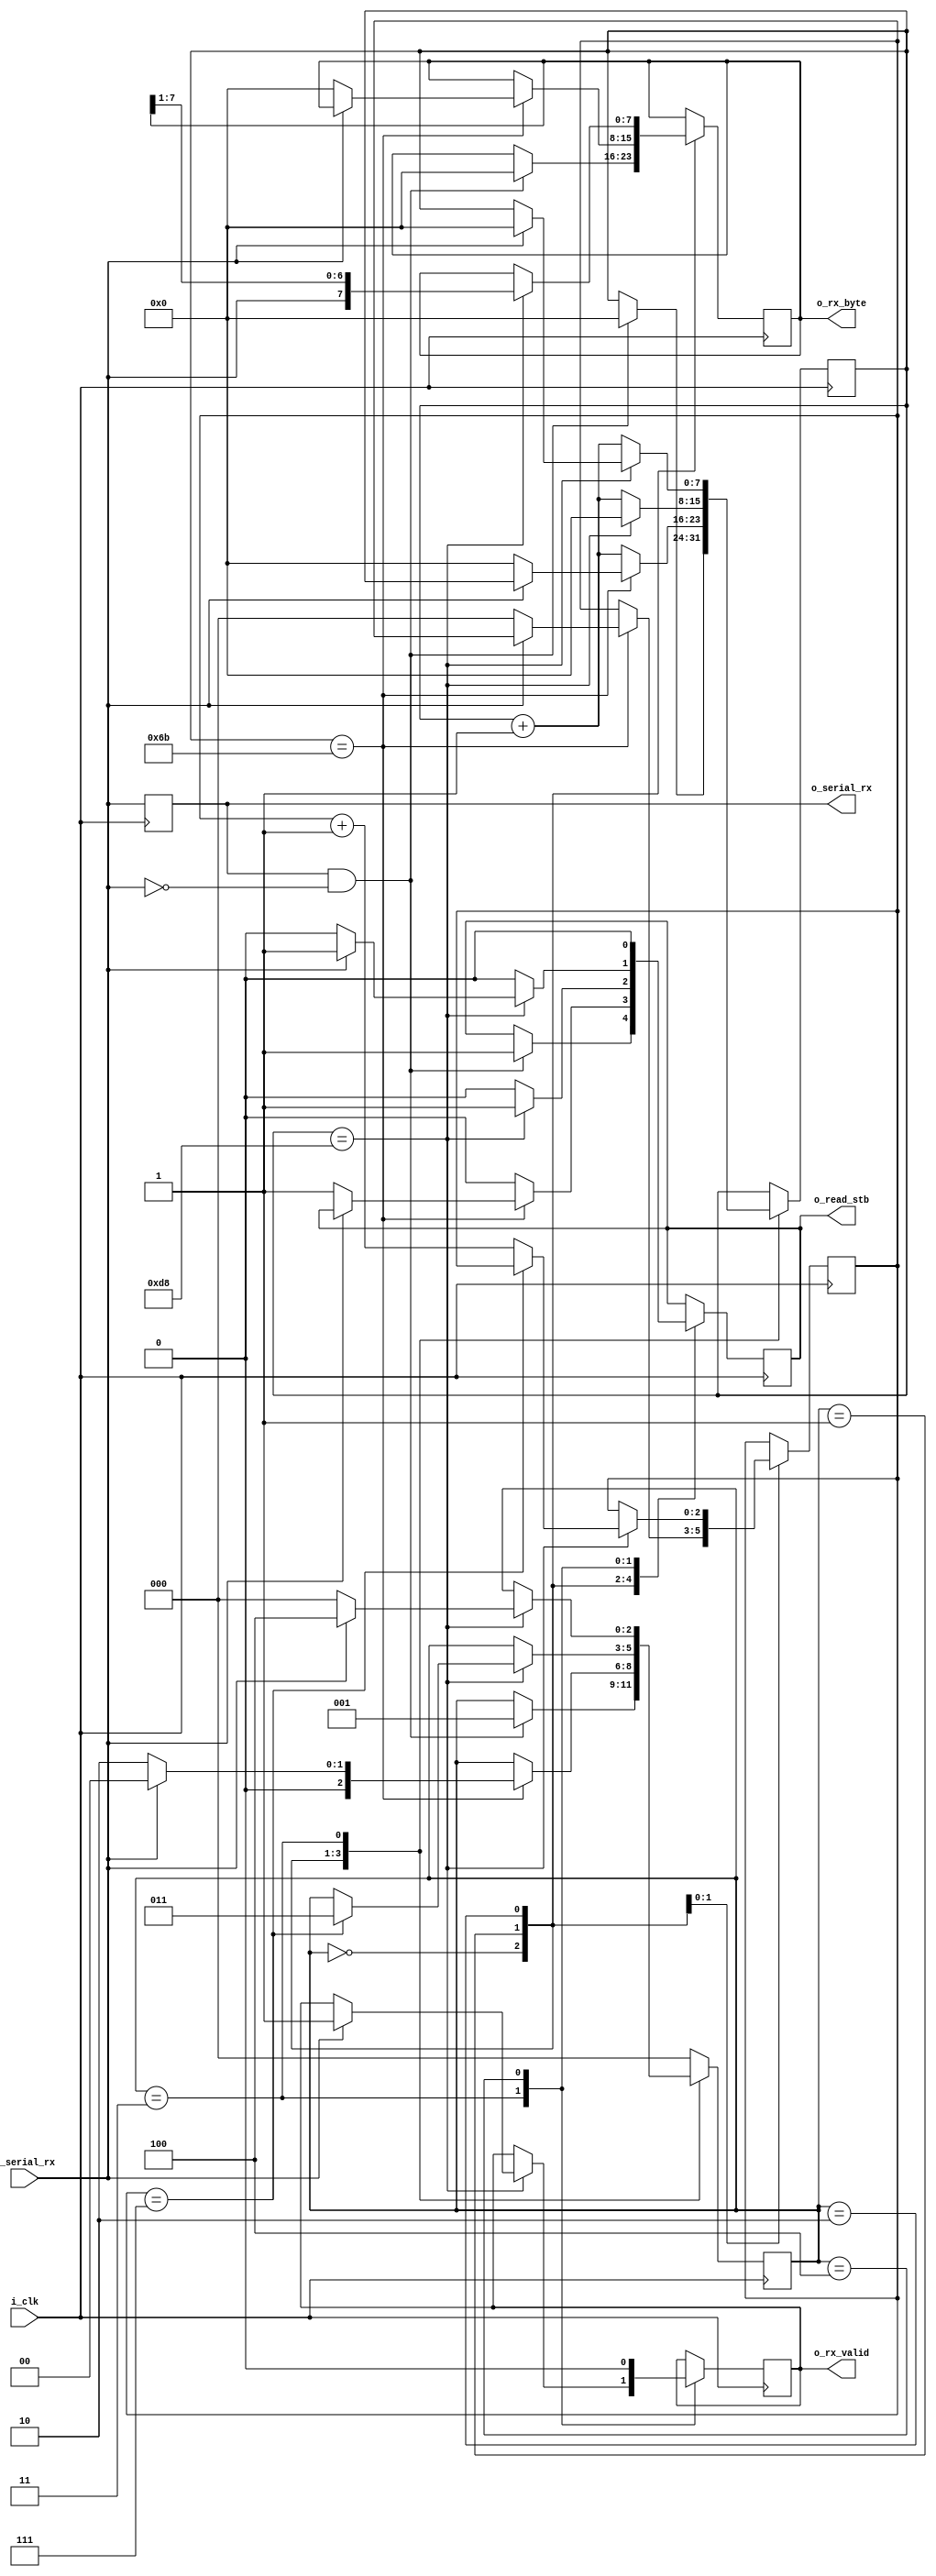
module UART_Receiver #(
  parameter CYCLES_PER_BIT = 217
) (
  input         i_clk,
  input         i_serial_rx,
  output        o_read_stb,
  output        o_serial_rx,
  output        o_rx_valid,
  output [7:0]  o_rx_byte
);

  localparam STATE_IDLE       = 3'd0;
  localparam STATE_START_BIT  = 3'd1;
  localparam STATE_DATA_BITS  = 3'd2;
  localparam STATE_STOP_BIT   = 3'd3;
  localparam STATE_SEND_VALID = 3'd4;

  localparam COUNT_WIDTH = $clog2(CYCLES_PER_BIT);

  localparam CYCLES_PER_HALF_BIT = (CYCLES_PER_BIT)/2;

  reg         r_serial_rx = 1;
  reg         r_rx_valid = 0;
  reg [7:0]   r_rx_byte = 0;
  reg [2:0]   r_state = STATE_IDLE;
  reg [COUNT_WIDTH-1:0] r_count = 0;
  reg [2:0]   r_bit_count = 0;
  reg         r_read_stb;

  always @(posedge i_clk) begin
    r_serial_rx <= i_serial_rx;

    case (r_state)
      STATE_IDLE : begin
        // Wait for falling edge
        if ((r_serial_rx == 1) && (i_serial_rx == 0)) begin
          r_state <= STATE_START_BIT;
          r_rx_byte <= 0;
          r_read_stb <= 1;
          r_count <= 0;
        end
      end

      STATE_START_BIT : begin
        // Wait until mid start bit
        if (r_count == CYCLES_PER_HALF_BIT-1) begin
          if (i_serial_rx == 0) begin
            r_state <= STATE_DATA_BITS;
            r_bit_count <= 0;
            r_rx_byte <= 8'd0;
            r_count <= 0;
            r_read_stb <= 1;
          end else begin
            r_state <= STATE_IDLE;
          end
        end else begin
          r_count <= r_count + 1;
          r_read_stb <= 0;
        end
      end

      STATE_DATA_BITS : begin
        if (r_count == CYCLES_PER_BIT-1) begin
          // Shift in the new bit
          r_rx_byte <= {i_serial_rx, r_rx_byte[7:1]};
          r_read_stb <= 1;
          if (r_bit_count == 7) begin
            r_state <= STATE_STOP_BIT;
            r_count <= 0;
          end else begin
            r_bit_count <= r_bit_count + 1;
            r_count <= 0;
          end
        end else begin
          r_read_stb <= 0;
          r_count <= r_count + 1;
        end
      end

      STATE_STOP_BIT : begin
        r_read_stb <= 0;
        if (r_count == CYCLES_PER_BIT-1) begin
          if (i_serial_rx == 1) begin
            r_state <= STATE_SEND_VALID;
            r_rx_valid <= 1;
            r_count <= 0;
            r_read_stb <= 1;
          end else begin
            r_state <= STATE_IDLE;
          end
        end else begin
          r_count <= r_count + 1;
          r_read_stb <= 0;
        end
      end

      STATE_SEND_VALID : begin
        // Strobe r_rx_valid for only a single clock cycle
        r_state <= STATE_IDLE;
        r_rx_valid <= 0;
        r_read_stb <= 0;
      end

      default: r_state <= STATE_IDLE;
    endcase
  end

  assign o_rx_valid = r_rx_valid;
  assign o_rx_byte = r_rx_byte;
  assign o_read_stb = r_read_stb;
  assign o_serial_rx = r_serial_rx;
  
endmodule